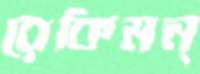
রেকিমন্